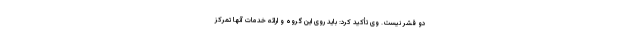
دو قشر نیست. وی تأکید کرد: باید روی این گروه و ارائه خدمات آنها تمرکز